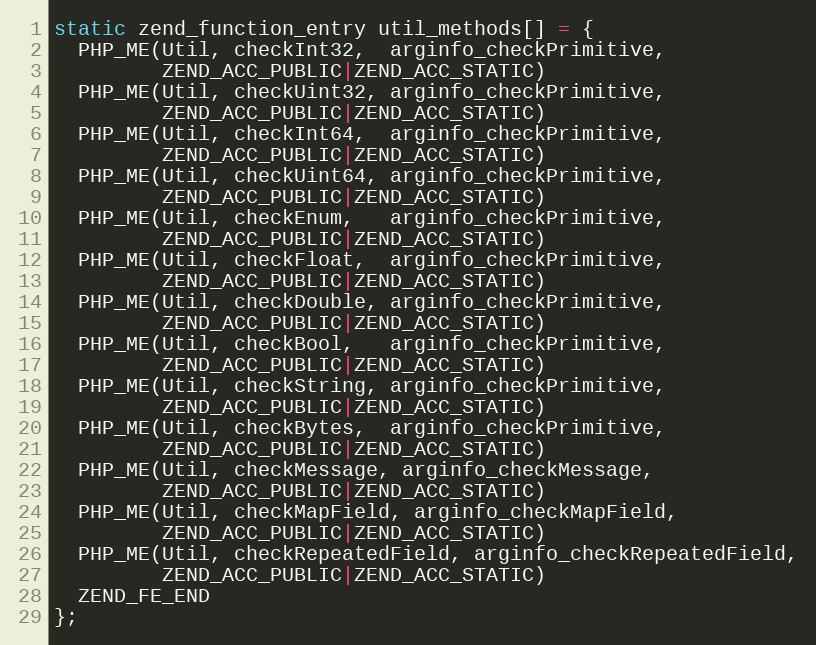
Language: C
static zend_function_entry util_methods[] = {
  PHP_ME(Util, checkInt32,  arginfo_checkPrimitive,
         ZEND_ACC_PUBLIC|ZEND_ACC_STATIC)
  PHP_ME(Util, checkUint32, arginfo_checkPrimitive,
         ZEND_ACC_PUBLIC|ZEND_ACC_STATIC)
  PHP_ME(Util, checkInt64,  arginfo_checkPrimitive,
         ZEND_ACC_PUBLIC|ZEND_ACC_STATIC)
  PHP_ME(Util, checkUint64, arginfo_checkPrimitive,
         ZEND_ACC_PUBLIC|ZEND_ACC_STATIC)
  PHP_ME(Util, checkEnum,   arginfo_checkPrimitive,
         ZEND_ACC_PUBLIC|ZEND_ACC_STATIC)
  PHP_ME(Util, checkFloat,  arginfo_checkPrimitive,
         ZEND_ACC_PUBLIC|ZEND_ACC_STATIC)
  PHP_ME(Util, checkDouble, arginfo_checkPrimitive,
         ZEND_ACC_PUBLIC|ZEND_ACC_STATIC)
  PHP_ME(Util, checkBool,   arginfo_checkPrimitive,
         ZEND_ACC_PUBLIC|ZEND_ACC_STATIC)
  PHP_ME(Util, checkString, arginfo_checkPrimitive,
         ZEND_ACC_PUBLIC|ZEND_ACC_STATIC)
  PHP_ME(Util, checkBytes,  arginfo_checkPrimitive,
         ZEND_ACC_PUBLIC|ZEND_ACC_STATIC)
  PHP_ME(Util, checkMessage, arginfo_checkMessage,
         ZEND_ACC_PUBLIC|ZEND_ACC_STATIC)
  PHP_ME(Util, checkMapField, arginfo_checkMapField,
         ZEND_ACC_PUBLIC|ZEND_ACC_STATIC)
  PHP_ME(Util, checkRepeatedField, arginfo_checkRepeatedField,
         ZEND_ACC_PUBLIC|ZEND_ACC_STATIC)
  ZEND_FE_END
};